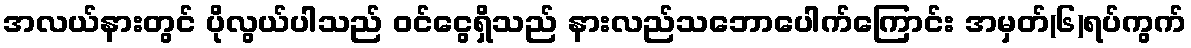
အလယ်နားတွင် ပိုလွယ်ပါသည် ဝင်ငွေရှိသည် နားလည်သဘောပေါက်ကြောင်း အမှတ်(၆)ရပ်ကွက်